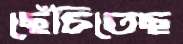
ছেঁচিতেছ